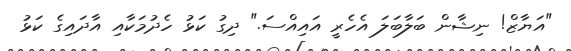
"އަޔާޒް! ނިޝާން ބަލާބަލަ އެހެރީ އައިއްސަ." ދިގު ކަޅު ހެދުމަކާއި އާދައިގެ ކަޅު